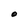
Character: O